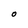
Character: O